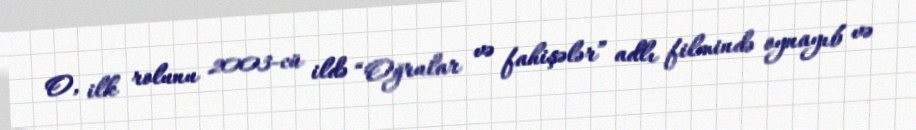
O, ilk rolunu 2003-cü ildə “Oğrular və fahişələr” adlı filmində oynayıb və